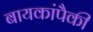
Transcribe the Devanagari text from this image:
बायकांपैकी